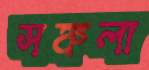
সঙ্কলা